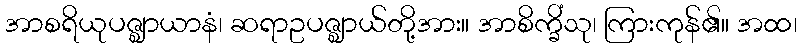
အာစရိယုပဇ္ဈာယာနံ၊ ဆရာဥပဇ္ဈာယ်တို့အား။ အာစိက္ခိံသု၊ ကြားကုန်၏။ အထ၊